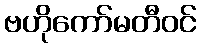
ဗဟိုကော်မတီဝင်